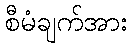
စီမံချက်အား